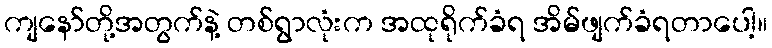
ကျနော်တို့အတွက်နဲ့ တစ်ရွာလုံးက အထုရိုက်ခံရ အိမ်ဖျက်ခံရတာပေါ့။